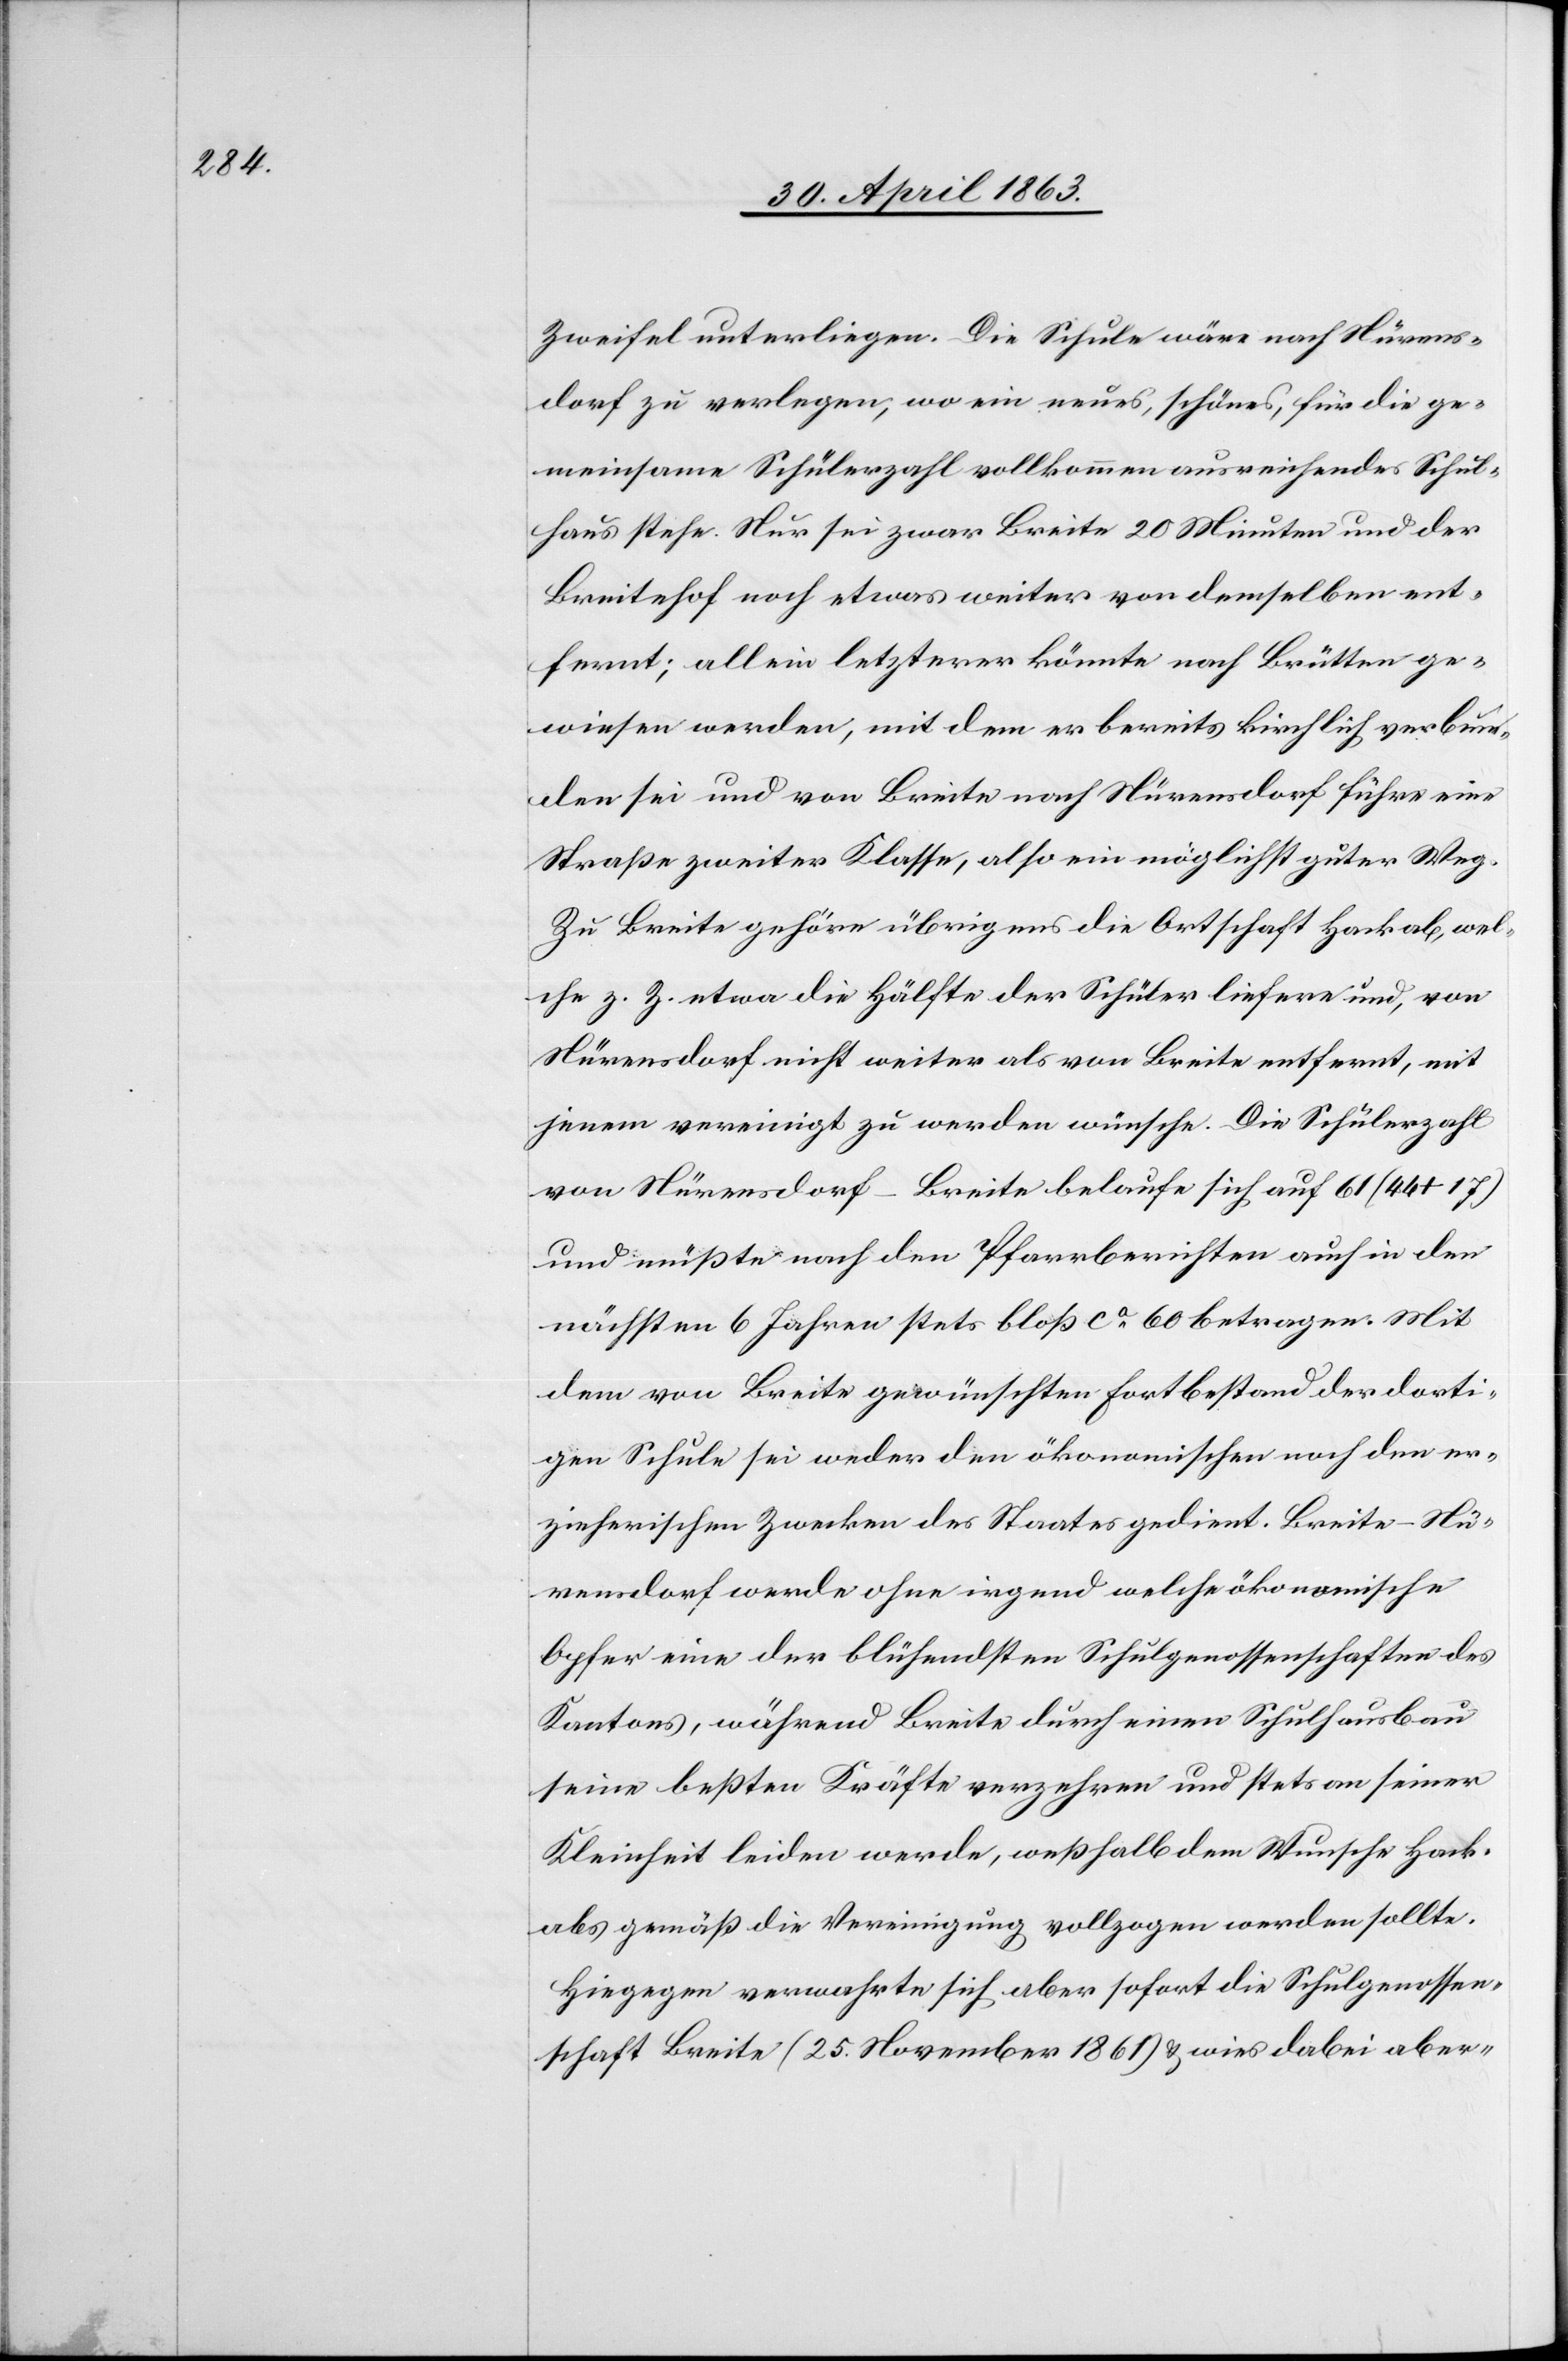
Zweifel unterliegen. Die Schule wäre nach Nürens¬
dorf zu verlegen, wo ein neues, schönes, für die ge¬
meinsame Schülerzahl vollkommen ausreichendes Schul¬
haus stehe. Nur sei zwar Breite 20 Minuten und der
Breitehof noch etwas weiter von demselben ent¬
fernt; allein letzterer könnte nach Brütten ge¬
wiesen werden, mit dem er bereits kirchlich verbun¬
den sei und von Breite nach Nürensdorf führe eine
Straße zweiter Klasse, also ein möglichst guter Weg.
Zu Breite gehöre übrigens die Ortschaft Hackab, wel¬
che z. Z. etwa die Hälfte der Schüler liefere und, von
Nürensdorf nicht weiter als von Breite entfernt, mit
jenem vereinigt zu werden wünsche. Die Schülerzahl
von Nürensdorf-Breite belaufe sich auf 61 (44+17)
und müßte nach den Pfarrberichten auch in den
nächsten 6 Jahren stets bloß ca 60 betragen. Mit
dem von Breite gewünschten Fortbestand der dorti¬
gen Schule sei weder den ökonomischen noch den er¬
zieherischen Zwecken des Staates gedient. Breite-Nü¬
rensdorf werde ohne irgend welche ökonomischen
Opfer eine der blühendsten Schulgenossenschaften des
Kantons, während Breite durch einen Schulhausbau
seine beßten [sic!] Kräfte verzehren und stets an seiner
Kleinheit leiden werde, weßhalb dem Wunsche Hack¬
abs gemäß die Vereinigung vollzogen werden sollte.
Hiegegen verwahrte sich aber sofort die Schulgenossen¬
schaft Breite (25. November 1861) & wies dabei aber-